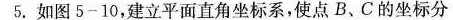
5. 如图5-10，建立平面直角坐标系，使点B、C的坐标分